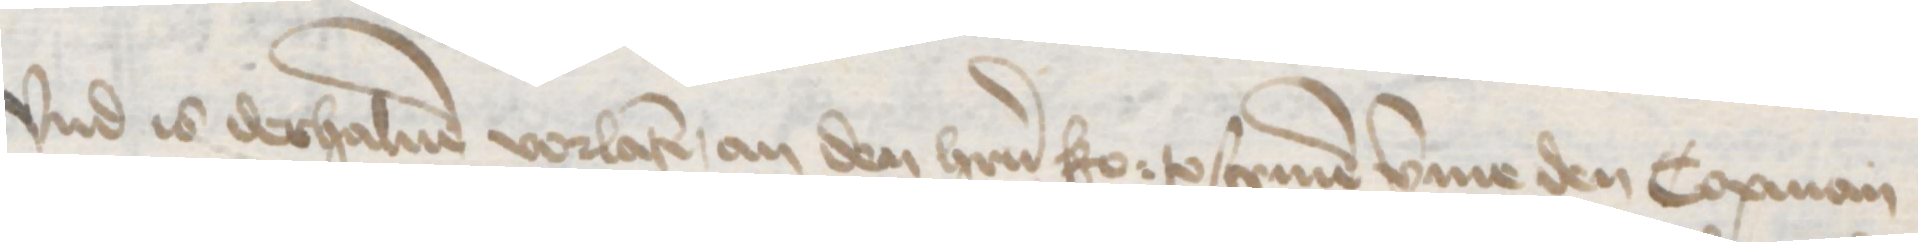
Vnd is derhaluen vorlaten, an den herrn ko: to scriuen vmme den Copman